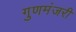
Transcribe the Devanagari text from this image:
गुणमंजरी